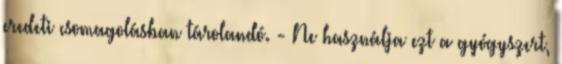
eredeti csomagolásban tárolandó. - Ne használja ezt a gyógyszert,